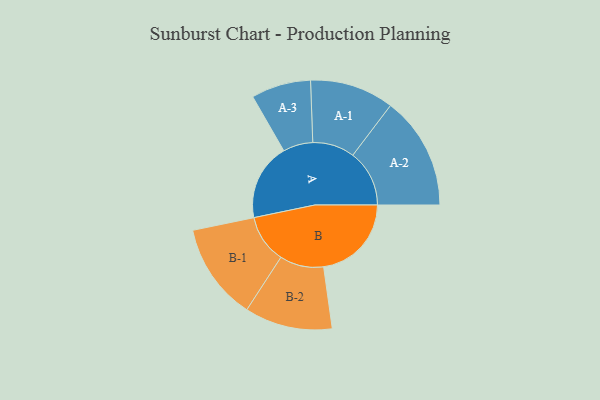
{"axis": {"x": "Segment", "y": "Value"}, "legend": ["", "A", "B"], "data": [{"x": "A", "y": 322, "type": ""}, {"x": "B", "y": 368, "type": ""}, {"x": "A-1", "y": 176, "type": "A"}, {"x": "A-2", "y": 237, "type": "A"}, {"x": "A-3", "y": 125, "type": "A"}, {"x": "B-1", "y": 203, "type": "B"}, {"x": "B-2", "y": 184, "type": "B"}]}